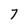
Character: 7